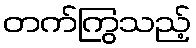
တက်ကြွသည့်